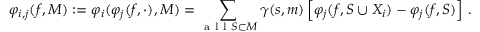
\varphi _ { i , j } ( f , M ) : = \varphi _ { i } ( \varphi _ { j } ( f , \cdot ) , M ) = \sum _ { \mathrm { ~ a ~ l ~ l ~ } S \subset M } \gamma ( s , m ) \left[ \varphi _ { j } ( f , S \cup X _ { i } ) - \varphi _ { j } ( f , S ) \right] \, .